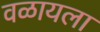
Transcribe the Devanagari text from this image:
वळायला